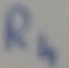
Text: R4